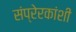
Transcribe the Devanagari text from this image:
संप्रेरकांशी